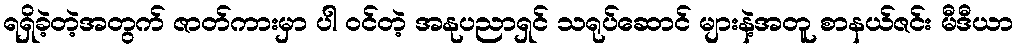
ရရှိခဲ့တဲ့အတွက် ဇာတ်ကားမှာ ပါ ဝင်တဲ့ အနုပညာရှင် သရုပ်ဆောင် များနဲ့အတူ စာနယ်ဇင်း မီဒီယာ